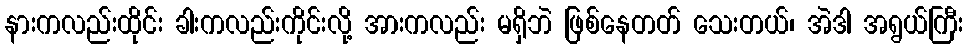
နားကလည်းထိုင်း ခါးကလည်းကိုင်းလို့ အားကလည်း မရှိဘဲ ဖြစ်နေတတ် သေးတယ်၊ အဲဒါ အရွယ်ကြီး